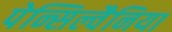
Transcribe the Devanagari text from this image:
पेन्सिल्वैनिया